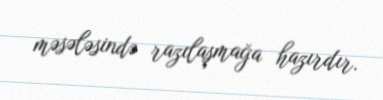
məsələsində razılaşmağa hazırdır.